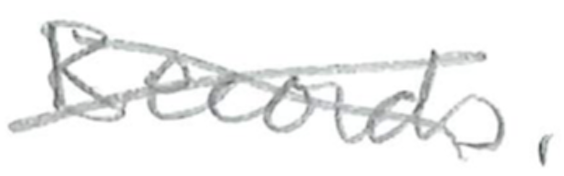
Text: Records.
Cross-out: cross
Writing tool: pencil